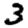
Digit: 3